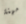
مهنة